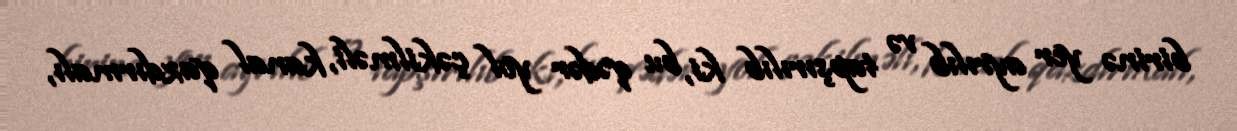
birinə yer ayrılıb və tapşırılıb ki, bu qədər yol çəkilməli, kanal qazdırmalı,